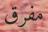
مفرق